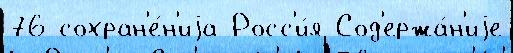
76 сохран'е́н'иjа Росс'и́я Сод'ержа́н'иjе